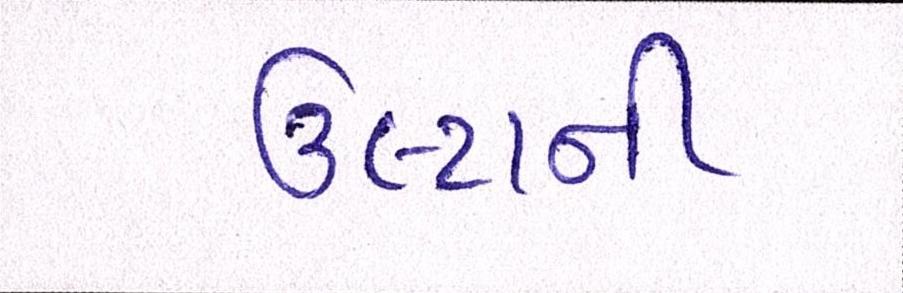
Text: ઉલ્ટાની